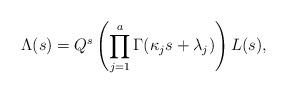
LaTeX: \begin{align*} \Lambda(s) = Q^s \left( \prod_{j=1}^a \Gamma(\kappa_j s + \lambda_j) \right) L(s),\end{align*}